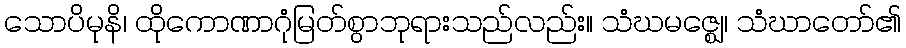
သောပိမုနိ၊ ထိုကောဏာဂုံမြတ်စွာဘုရားသည်လည်း။ သံဃမဇ္ဈေ၊ သံဃာတော်၏